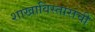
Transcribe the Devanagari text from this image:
शाखाविस्ताराची